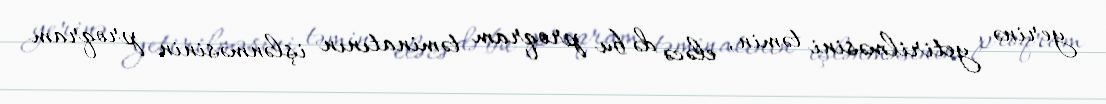
yerinə yetirilməsini təmin, eləcə də bu proqram təminatının işlənməsinin proqram